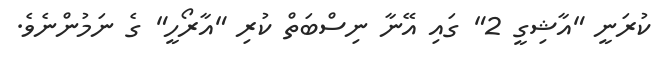
ކުރަނީ "އާޝިގީ 2" ގައި އޭނާ ނިސްބަތް ކުރި "އާރޯހީ" ގެ ނަމުންނެވެ.